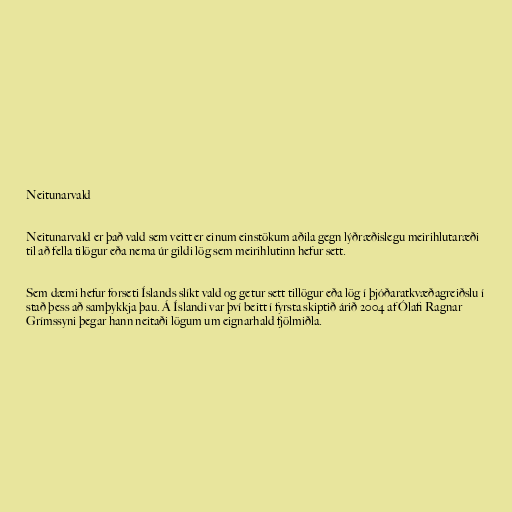
Neitunarvald

Neitunarvald er það vald sem veitt er einum einstökum aðila gegn lýðræðislegu meirihlutaræði
til að fella tilögur eða nema úr gildi lög sem meirihlutinn hefur sett.

Sem dæmi hefur forseti Íslands slíkt vald og getur sett tillögur eða lög í þjóðaratkvæðagreiðslu í
stað þess að samþykkja þau. Á Íslandi var því beitt í fyrsta skiptið árið 2004 af Ólafi Ragnar
Grímssyni þegar hann neitaði lögum um eignarhald fjölmiðla.